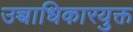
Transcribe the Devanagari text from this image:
उच्चाधिकारयुक्त